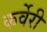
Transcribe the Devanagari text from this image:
कर्वेरी